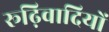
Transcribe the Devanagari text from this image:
रूढ़िवादियों